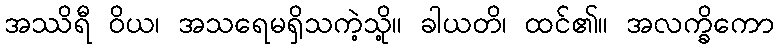
အဿိရီ ဝိယ၊ အသရေမရှိသကဲ့သို့။ ခါယတိ၊ ထင်၏။ အလက္ခိကော